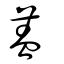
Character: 蓋